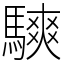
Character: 騻